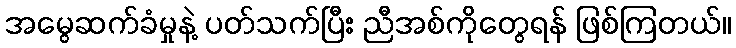
အမွေဆက်ခံမှုနဲ့ ပတ်သက်ပြီး ညီအစ်ကိုတွေရန် ဖြစ်ကြတယ်။